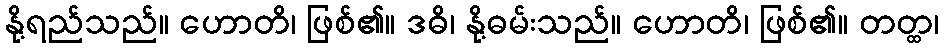
နို့ရည်သည်။ ဟောတိ၊ ဖြစ်၏။ ဒဓိ၊ နို့ဓမ်းသည်။ ဟောတိ၊ ဖြစ်၏။ တတ္ထ၊